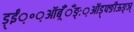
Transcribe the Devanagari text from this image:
ड़्ईं़॰़ऑब़्ँँँङ्ः़ऑड़्फ्ङीऊङ्ञ्